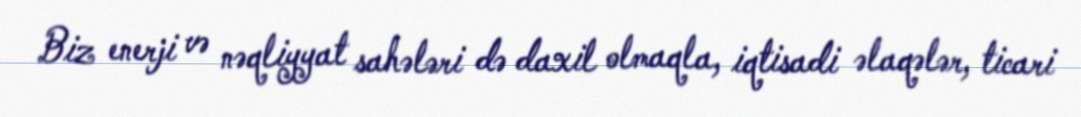
Biz enerji və nəqliyyat sahələri də daxil olmaqla, iqtisadi əlaqələr, ticari